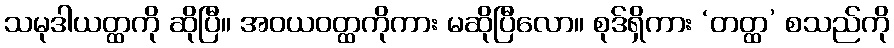
သမုဒါယတ္ထကို ဆိုပြီ။ အဝယဝတ္ထကိုကား မဆိုပြီလော။ စုဒ်ရှိကား ‘တတ္ထ’ စသည်ကို